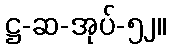
ဋ္ဌ-ဆ-အုပ်-၅၂။